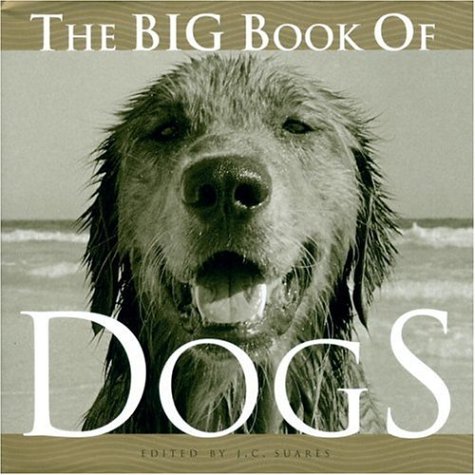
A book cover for The Big Book of Dogs (Big Book of . . . (Welcome Books)); Arts & Photography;